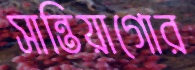
সান্তিয়াগোর